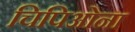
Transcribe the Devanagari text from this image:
चिपिओना